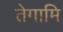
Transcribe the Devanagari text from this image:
तेगामि